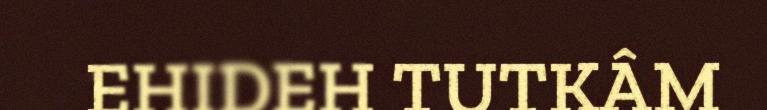
EHIDEH TUTKÂM